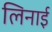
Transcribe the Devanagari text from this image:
लिनाई